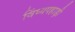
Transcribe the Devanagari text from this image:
विंध्यपहाड़ी